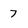
Character: 7